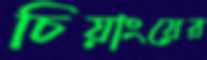
চিয়াংয়ের